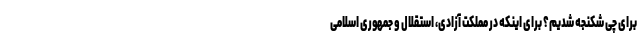
برای چی شکنجه شدیم؟ برای اینکه در مملکت آزادی، استقلال و جمهوری اسلامی